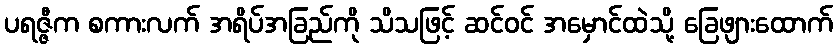
ပရဇ္ဇီက စကားလက် အရိပ်အခြည်ကို သိသဖြင့် ဆင်ဝင် အမှောင်ထဲသို့ ခြေဖျားထောက်